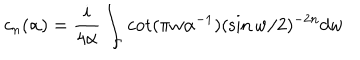
LaTeX: c _ { n } ( \alpha ) = { \frac { i } { 4 \alpha } } \int _ { \Gamma } \cot ( \pi w \alpha ^ { - 1 } ) ( \sin w / 2 ) ^ { - 2 n } d w